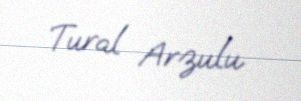
Tural Arzulu